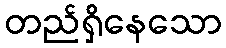
တည်ရှိနေသော